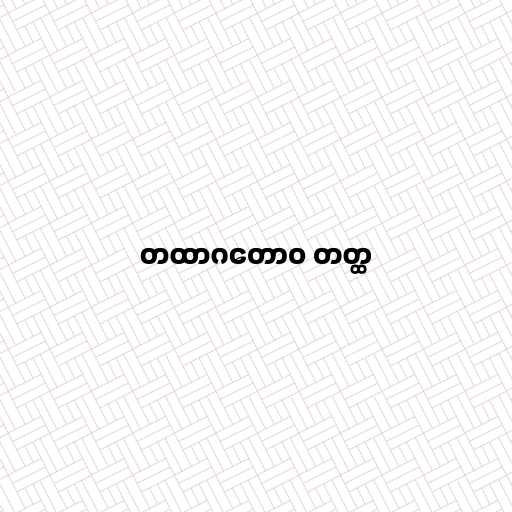
တထာဂတောဝ တတ္ထ